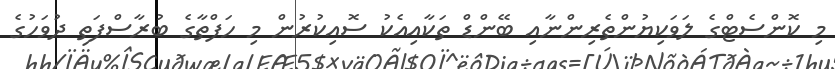
މި ކޮންސެޓްގެ ލަވަކިޔުންތެރިންނާއި ބޭންޑް ތަކާއިއެކު ސޮއިކުރުން މި ހަފްތާގެ ބުރާސްފަތި ދުވަހުގެ